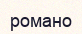
романо